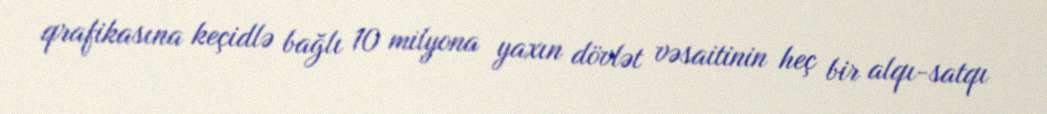
qrafikasına keçidlə bağlı 10 milyona yaxın dövlət vəsaitinin heç bir alqı-satqı